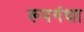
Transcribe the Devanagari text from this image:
रूपगंधा